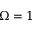
\Omega = 1